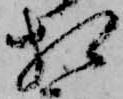
相